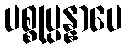
ပစ္စုပ္ပန္နာပေ